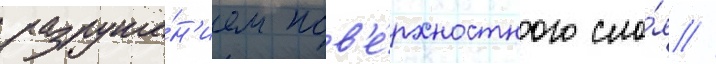
разруше́н'ием пов'е́рхностного сло́я //